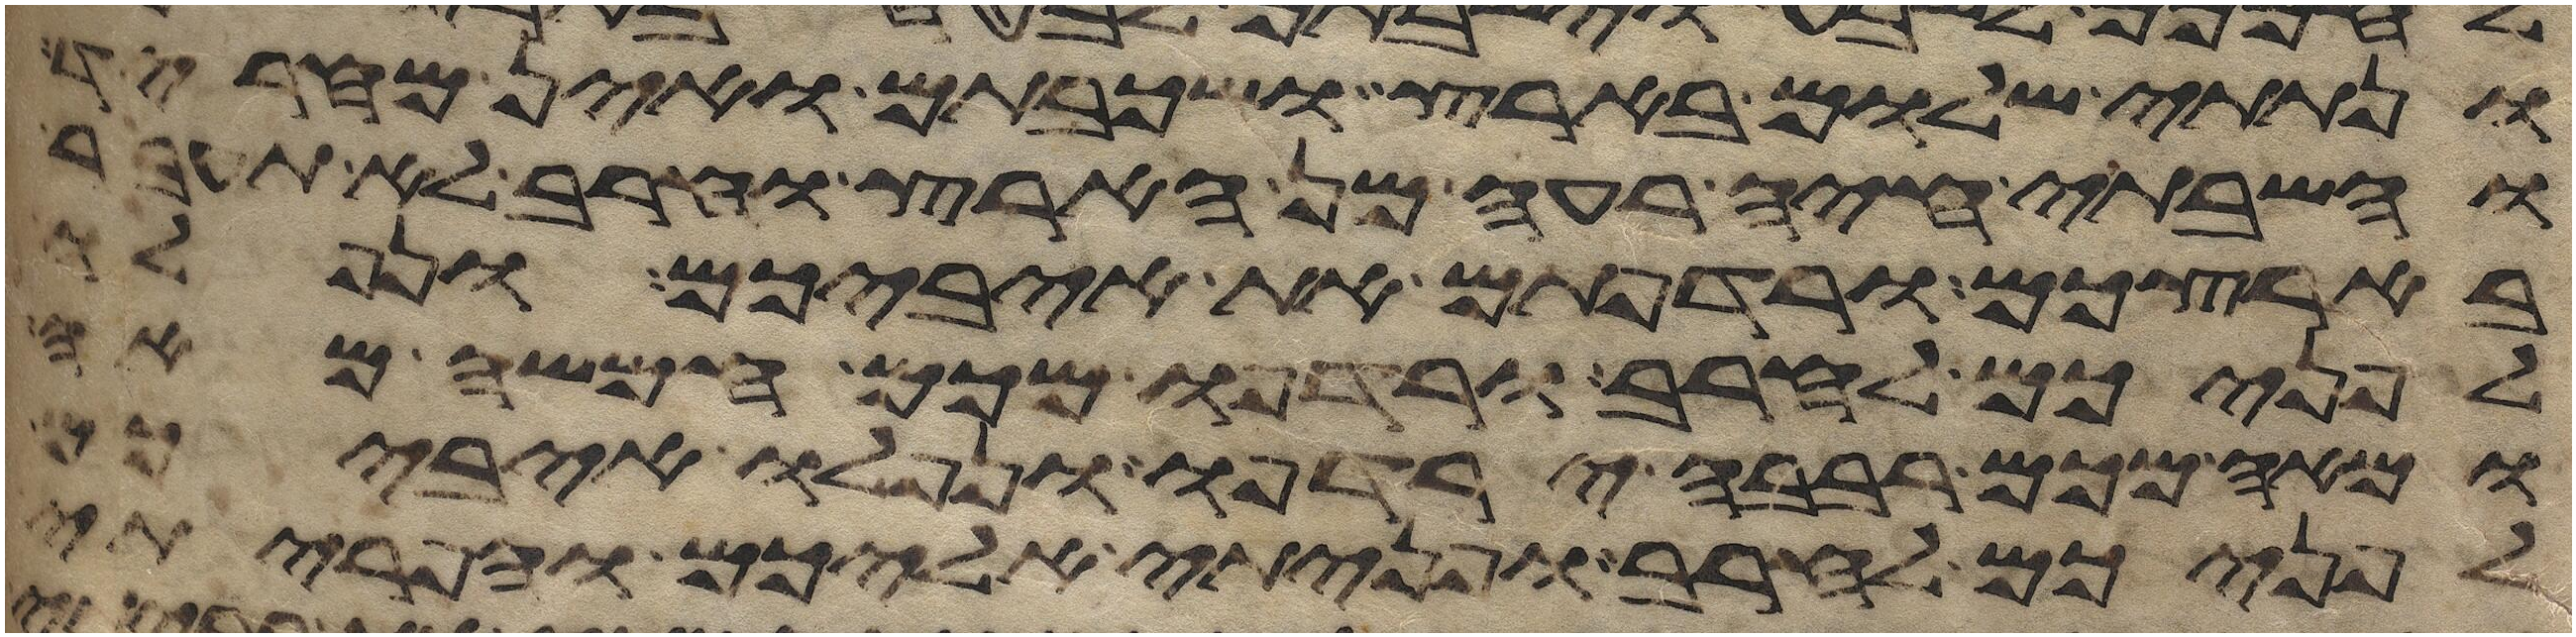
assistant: ונתתי שלום בארץ ושכבתם ואין מחריד
והשבתי חיה רעה מן הארץ וחרב לא תעבר
בארצכם ורדפתם את איביכם ונפלו
לפניכם לחרב ורדפו מכם חמשה מאה
ומאה מכם רבבה ירדפו ונפלו איביכם
לפניכם לחרב ופניתי אליכם והפריתי